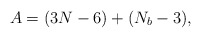
\begin{align*}A = (3N-6)+(N_{b}-3),\end{align*}